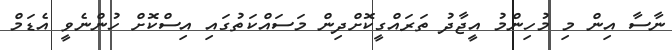
ނާސާ އިން މި މުހިންމު އީޖާދު ތަރައްގީކޮށްދިން މަސައްކަތުގައި އިސްކޮށް ހުންނެވީ އެޑަމް